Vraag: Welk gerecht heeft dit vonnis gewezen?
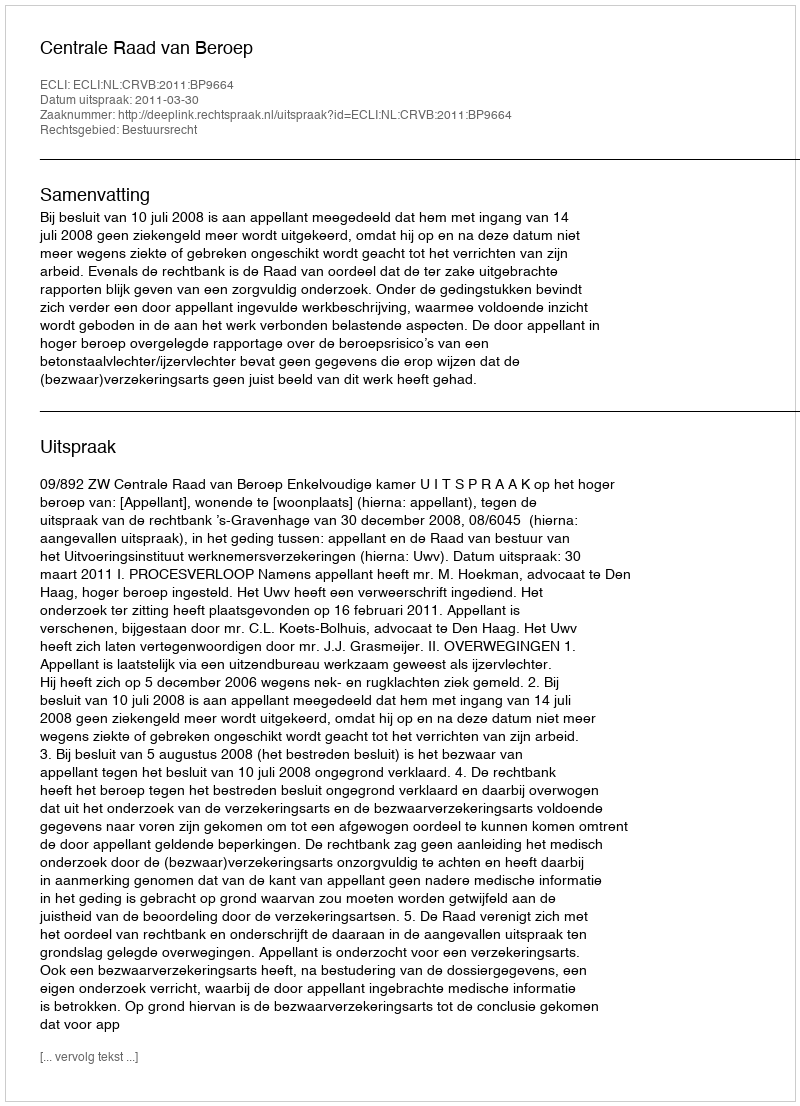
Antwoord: Centrale Raad van Beroep